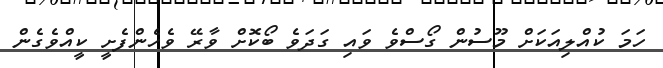
ހަމަ ކުއްލިއަކަށް މޫސުން ގޯސްވެ ވައި ގަދަވެ ބޯކޮށް ވާރޭ ވެހެންފެށީ ކީއްވެގެން